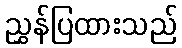
ညွှန်ပြထားသည်